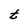
Character: t